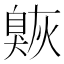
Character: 𦤠